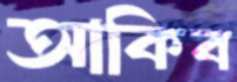
আকিব